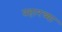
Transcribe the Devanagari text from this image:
प्रहारच्या